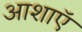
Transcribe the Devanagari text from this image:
आशाऍ